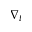
\nabla _ { t }